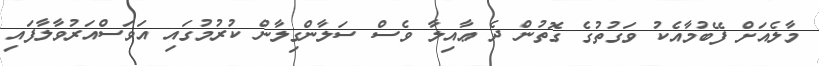
މާލެއަށް ފޭބުމާއެކު ވަގުތުގެ ގޮތުން ދެ ޢާއިލާ ވެސް ސަލާންގިލާން ކުރުމުގައި އަވަސްއަރުވާލާފައި